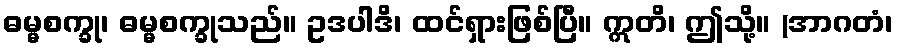
ဓမ္မစက္ခု၊ ဓမ္မစက္ခုသည်။ ဥဒပါဒိ၊ ထင်ရှားဖြစ်ပြီ။ ဣတိ၊ ဤသို့။ (အာဂတံ၊